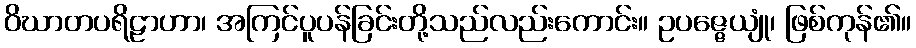
ဝိဃာတပရိဠာဟာ၊ အကြင်ပူပန်ခြင်းတို့သည်လည်းကောင်း။ ဥပဇ္ဇေယျုံ၊ ဖြစ်ကုန်၏။